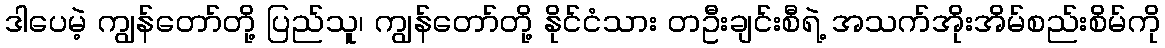
ဒါပေမဲ့ ကျွန်တော်တို့ ပြည်သူ၊ ကျွန်တော်တို့ နိုင်ငံသား တဦးချင်းစီရဲ့ အသက်အိုးအိမ်စည်းစိမ်ကို